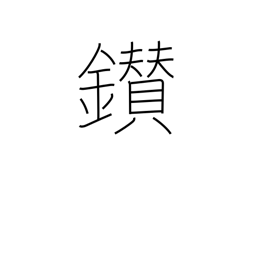
Meaning: make fire by rubbing sticks